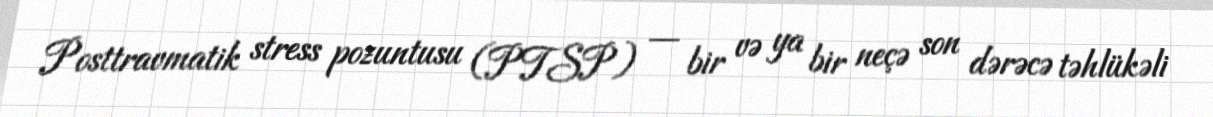
Posttravmatik stress pozuntusu (PTSP) — bir və ya bir neçə son dərəcə təhlükəli